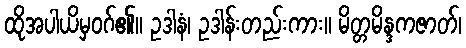
ထိုအပါယိမှဝဂ်၏။ ဥဒါနံ၊ ဥဒါန်းတည်းကား။ မိတ္တမိန္ဒကဇာတ်၊